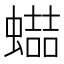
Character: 𧑱